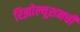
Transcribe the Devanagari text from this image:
रिझोल्यूशनची